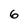
Character: 6